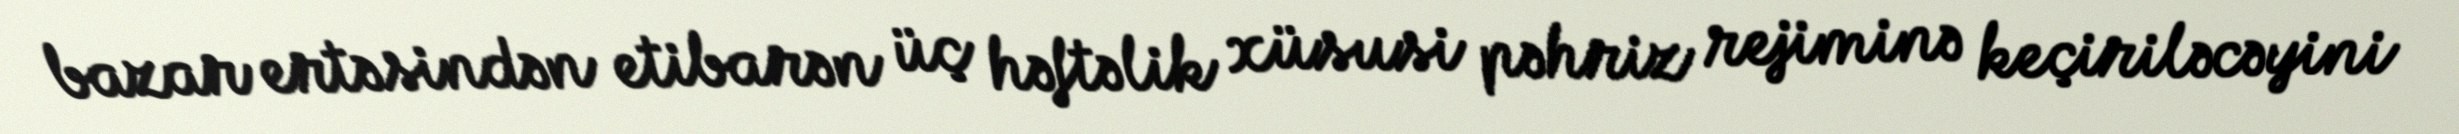
bazar ertəsindən etibarən üç həftəlik xüsusi pəhriz rejiminə keçiriləcəyini